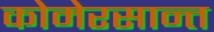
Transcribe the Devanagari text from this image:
कोमेरसान्त